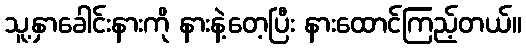
သူ့နှာခေါင်းနားကို နားနဲ့တေ့ပြီး နားထောင်ကြည့်တယ်။